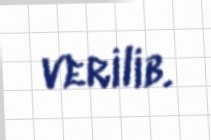
verilib.